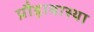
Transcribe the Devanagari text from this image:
प्रौढ़ावास्था